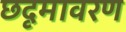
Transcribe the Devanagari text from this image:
छदृमावरण